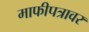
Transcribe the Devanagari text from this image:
माफीपत्रावर